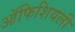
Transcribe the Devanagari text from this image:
ऑफिशियली